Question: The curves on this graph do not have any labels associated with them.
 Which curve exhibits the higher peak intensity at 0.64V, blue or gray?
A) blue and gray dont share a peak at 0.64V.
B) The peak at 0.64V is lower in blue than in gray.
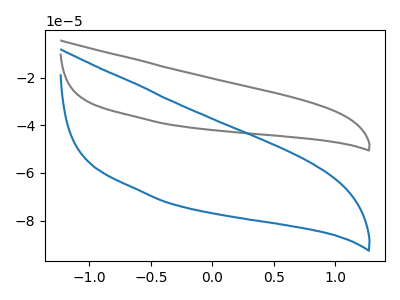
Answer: <think>The gray curve "gray" has no peaks. The blue curve "blue" has no peaks.</think>
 <answer>A) "blue" and "gray" dont share a peak at 0.64V.</answer>
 <eval>A</eval>